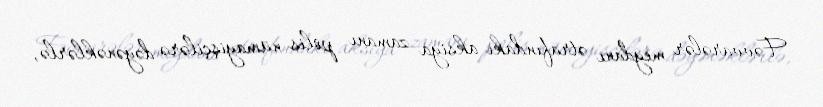
Fəvvarələr meydanı ətrafındakı aksiya zamanı polis nümayişçilərə dəyənəklərlə,